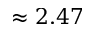
\approx 2 . 4 7